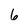
Character: 6